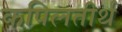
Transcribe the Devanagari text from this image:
कपिलतीर्थ